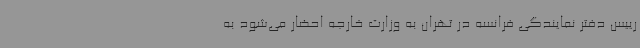
رییس دفتر نمایندگی فرانسه در تهران به وزارت خارجه احضار می‌شود به